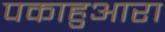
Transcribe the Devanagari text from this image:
पकाहुआरा